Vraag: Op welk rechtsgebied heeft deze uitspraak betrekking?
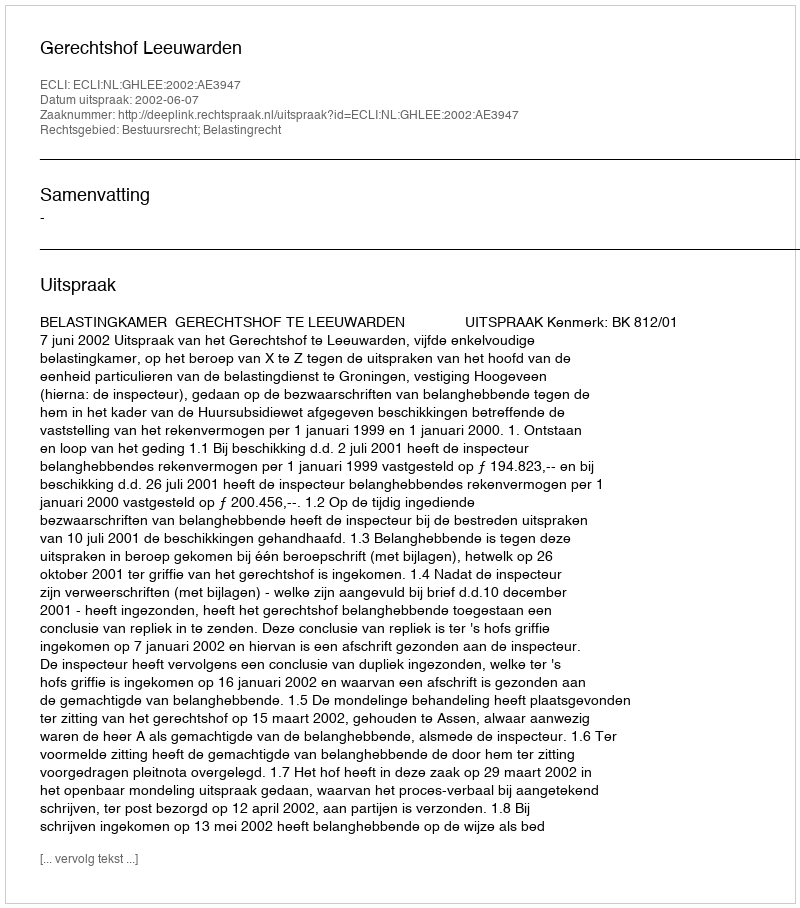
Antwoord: Bestuursrecht; Belastingrecht